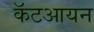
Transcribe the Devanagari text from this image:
कॅटआयन